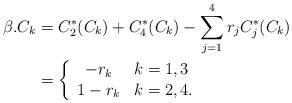
LaTeX: \begin{align*}\beta.C_k &= C_2^*(C_k) + C_{4}^*(C_k) - \sum_{j=1}^4r_jC_j^*(C_k) \\&= \left\{\begin{array}{cl} -r_k & k = 1,3 \\ 1-r_k & k = 2,4. \end{array}\right.\end{align*}